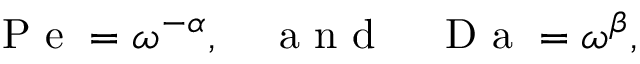
\begin{array} { r } { \mathrm { ~ P ~ e ~ } = \omega ^ { - \alpha } , \quad \mathrm { ~ a ~ n ~ d ~ } \quad \mathrm { ~ D ~ a ~ } = \omega ^ { \beta } , } \end{array}